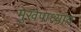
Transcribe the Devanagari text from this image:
मुखेपाध्याय